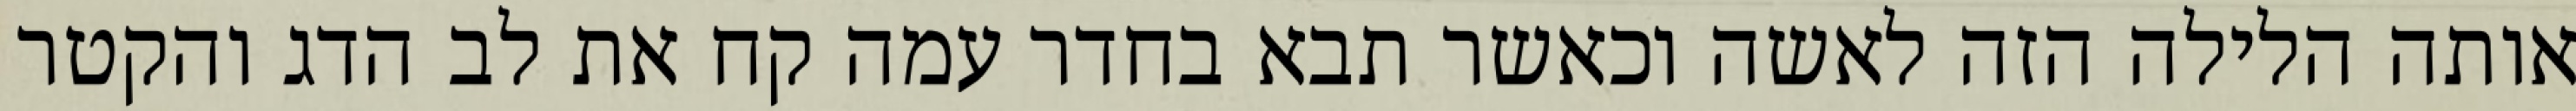
אותה הלילה הזה לאשה וכאשר תבא בחדר עמה קח את לב הדג והקטר